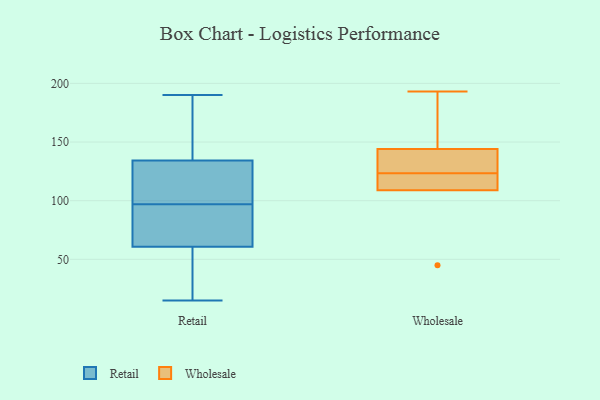
{"axis": {"x": "Population (Million)", "y": "Value"}, "legend": ["Retail", "Wholesale"], "data": [{"x": "", "y": 134, "type": "Retail"}, {"x": "", "y": 97, "type": "Retail"}, {"x": "", "y": 57, "type": "Retail"}, {"x": "", "y": 36, "type": "Retail"}, {"x": "", "y": 65, "type": "Retail"}, {"x": "", "y": 89, "type": "Retail"}, {"x": "", "y": 29, "type": "Retail"}, {"x": "", "y": 110, "type": "Retail"}, {"x": "", "y": 15, "type": "Retail"}, {"x": "", "y": 68, "type": "Retail"}, {"x": "", "y": 179, "type": "Retail"}, {"x": "", "y": 135, "type": "Retail"}, {"x": "", "y": 62, "type": "Retail"}, {"x": "", "y": 108, "type": "Retail"}, {"x": "", "y": 114, "type": "Retail"}, {"x": "", "y": 190, "type": "Retail"}, {"x": "", "y": 178, "type": "Retail"}, {"x": "", "y": 193, "type": "Wholesale"}, {"x": "", "y": 109, "type": "Wholesale"}, {"x": "", "y": 144, "type": "Wholesale"}, {"x": "", "y": 132, "type": "Wholesale"}, {"x": "", "y": 109, "type": "Wholesale"}, {"x": "", "y": 165, "type": "Wholesale"}, {"x": "", "y": 123, "type": "Wholesale"}, {"x": "", "y": 45, "type": "Wholesale"}, {"x": "", "y": 112, "type": "Wholesale"}, {"x": "", "y": 124, "type": "Wholesale"}]}